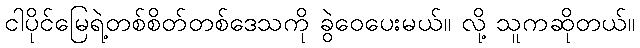
ငါပိုင်မြေရဲ့တစ်စိတ်တစ်ဒေသကို ခွဲဝေပေးမယ်။ လို့ သူကဆိုတယ်။